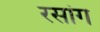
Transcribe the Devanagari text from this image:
रसांग